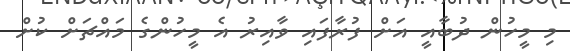
މި މީހުން ދުބާއީ އަށް ފުރާފައި ވާއިރު އެ މީހުންގެ މައްޗަށް ކުށް